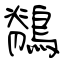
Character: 鶺